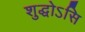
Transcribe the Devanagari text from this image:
शुद्धोऽसि